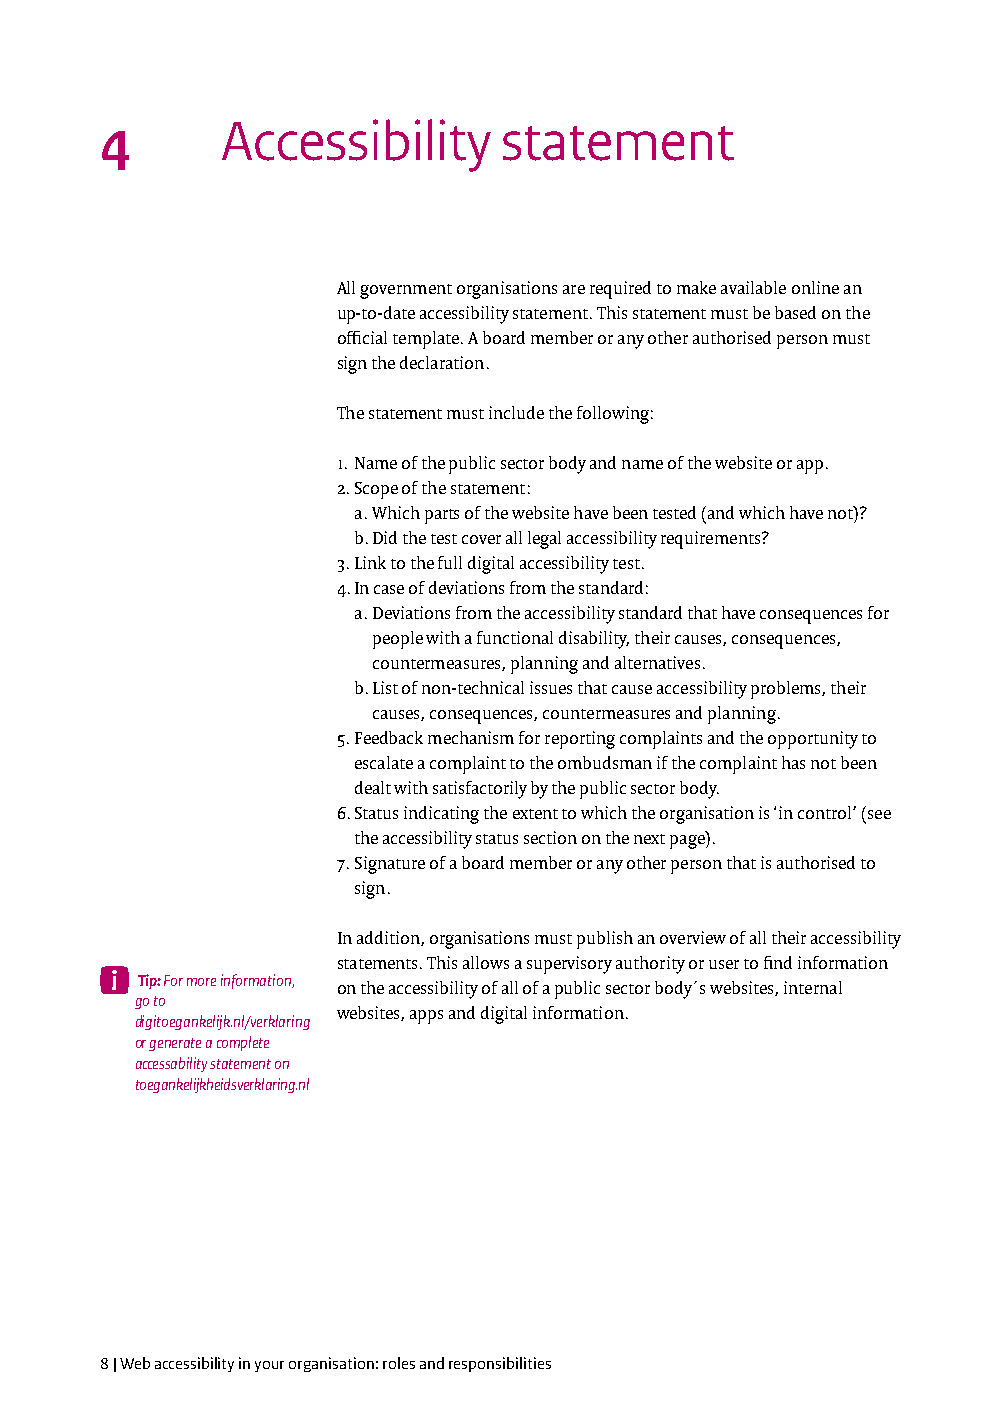
4       Accessibility     statement
 All government organisations are required to make available online an
 up-to-date accessibility statement. This statement must be based on the
 official template. A board member or any other authorised person must
 sign the declaration.
 The statement must include the following:
 1. Name of the public sector body and name of the website or app.
 2. Scope of the statement:
 a. Which parts of the website have been tested (and which have not)?
 b. Did the test cover all legal accessibility requirements?
 3. Link to the full digital accessibility test.
 4. In case of deviations from the standard:
 a. Deviations from the accessibility standard that have consequences for
 people with a functional disability, their causes, consequences,
 countermeasures, planning and alternatives.
 b. List of non-technical issues that cause accessibility problems, their
 causes, consequences, countermeasures and planning.
 5. Feedback mechanism for reporting complaints and the opportunity to
 escalate a complaint to the ombudsman if the complaint has not been
 dealt with satisfactorily by the public sector body.
 6. Status indicating the extent to which the organisation is ‘in control’ (see
 the accessibility status section on the next page).
 7. Signature of a board member or any other person that is authorised to
 sign.
 In addition, organisations must publish an overview of all their accessibility
 statements. This allows a supervisory authority or user to find information
 Tip: For more information,
 on the accessibility of all of a public sector body´s websites, internal
 go to
 websites, apps and digital information.
 digitoegankelijk.nl/verklaring
 or generate a complete
 accessability statement on
 toegankelijkheidsverklaring.nl
 8 | Web accessibility in your organisation: roles and responsibilities